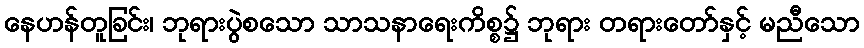
နေဟန်တူခြင်း၊ ဘုရားပွဲစသော သာသနာရေးကိစ္စ၌ ဘုရား တရားတော်နှင့် မညီသော